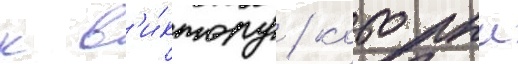
к в'и́ктору / которыи